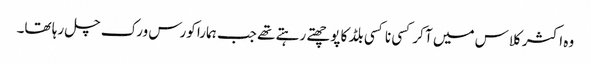
وہ اکثر کلاس میں آ کر کسی نا کسی بلڈ کا پوچھتے رہتے تھے جب ہمارا کورس ورک چل رہا تھا۔